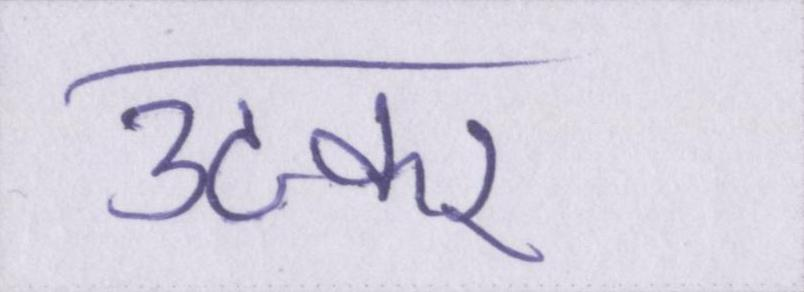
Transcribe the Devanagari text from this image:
उठकर